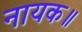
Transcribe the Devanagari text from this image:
नायक॥